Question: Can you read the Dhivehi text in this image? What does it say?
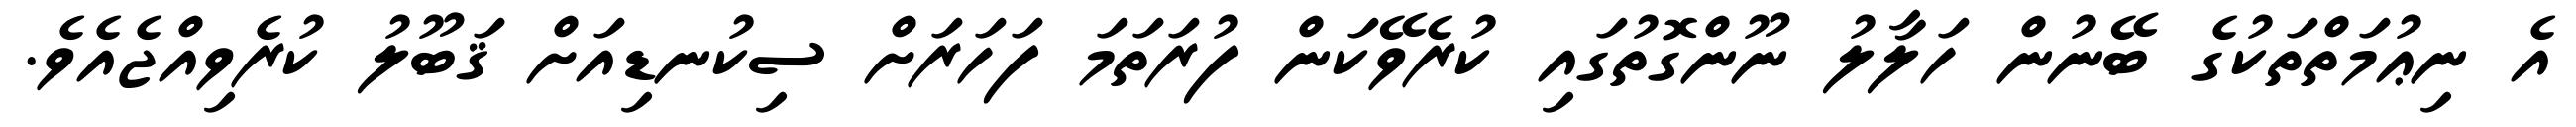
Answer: އެ ނިޢުމަތްތަކުގެ ބޭނުން ހަލާލު ނޫންގޮތުގައި ކުރެވޭކަން ފުރަތަމަ ފަހަރަށް ސިކުނޑިއަށް ޤަބޫލު ކުރެވިއްޖެއެވެ.